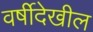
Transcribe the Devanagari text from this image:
वर्षीदेखील